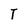
Character: T